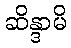
ဆိန္ဒာမိ